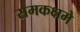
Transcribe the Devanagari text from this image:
समकक्षमे